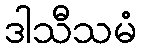
ဒါသီသမံ